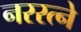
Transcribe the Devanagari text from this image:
नररत्ने